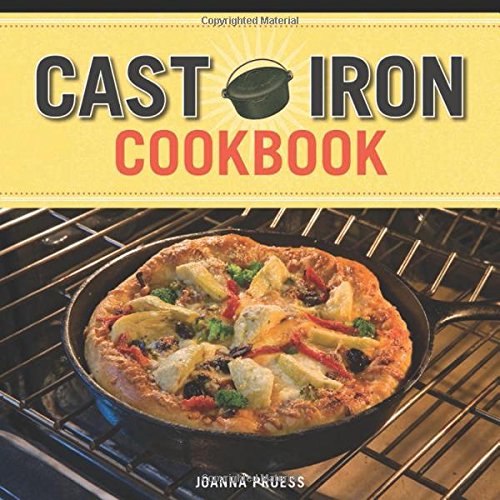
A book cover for Cast Iron Cookbook; Joanna Pruess; Cookbooks, Food & Wine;